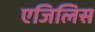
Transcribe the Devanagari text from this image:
एजिलिस